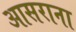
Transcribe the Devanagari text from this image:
आसराना